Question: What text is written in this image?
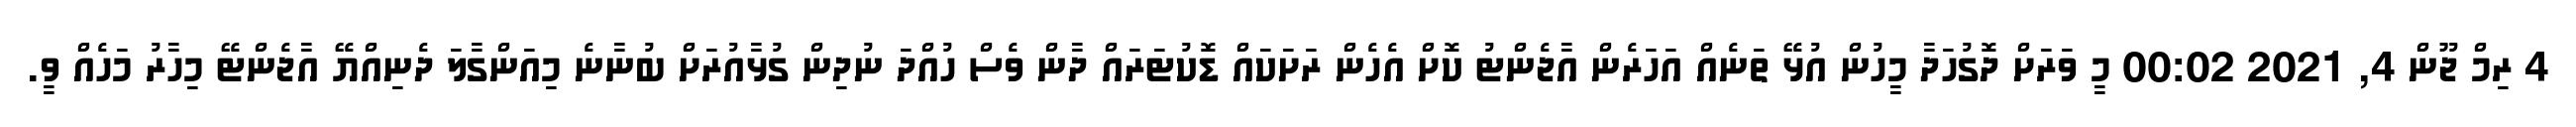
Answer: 4 ރިމް ޖޫން 4, 2021 00:02 މީ ވަރަށް ދޮގުހަދާ މީހުން އުޅޭ ތަނެއް އަހަރެން އާޖެންޓު ކޮށް އެހެން ރަށަކައް ޑޮކުޓަރައް ދާން ވެސް ހުއްދަ ނުދިން ގުޅާއުރަށް ބުނާނެ މިއަންގާލަ ދެނިއްޔޭ އާޖެންޓޭ މިހާރު މަހެއް ވީ.